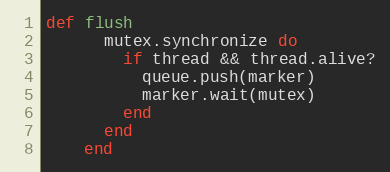
Language: Ruby
def flush
      mutex.synchronize do
        if thread && thread.alive?
          queue.push(marker)
          marker.wait(mutex)
        end
      end
    end